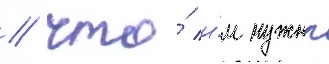
/ что́ и́м нужны